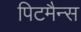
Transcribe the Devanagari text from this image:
पिटमैन्स